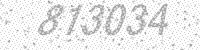
Solution: 813034